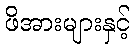
ဖိအားများနှင့်